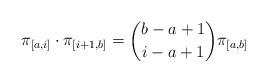
LaTeX: \begin{align*} \pi_{[a,i]}\cdot \pi_{[i+1,b]} = \binom{b-a+1}{i-a+1} \pi_{[a,b]}\end{align*}